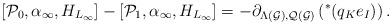
LaTeX: \begin{align*} [\mathcal{P}_0, \alpha_{\infty}, H_{L_{\infty}}] - [\mathcal{P}_1, \alpha_{\infty}, H_{L_{\infty}}] = -\partial_{\Lambda(\mathcal{G}), \mathcal{Q}(\mathcal{G})} \left(^{\ast}(q_K e_I)\right). \end{align*}